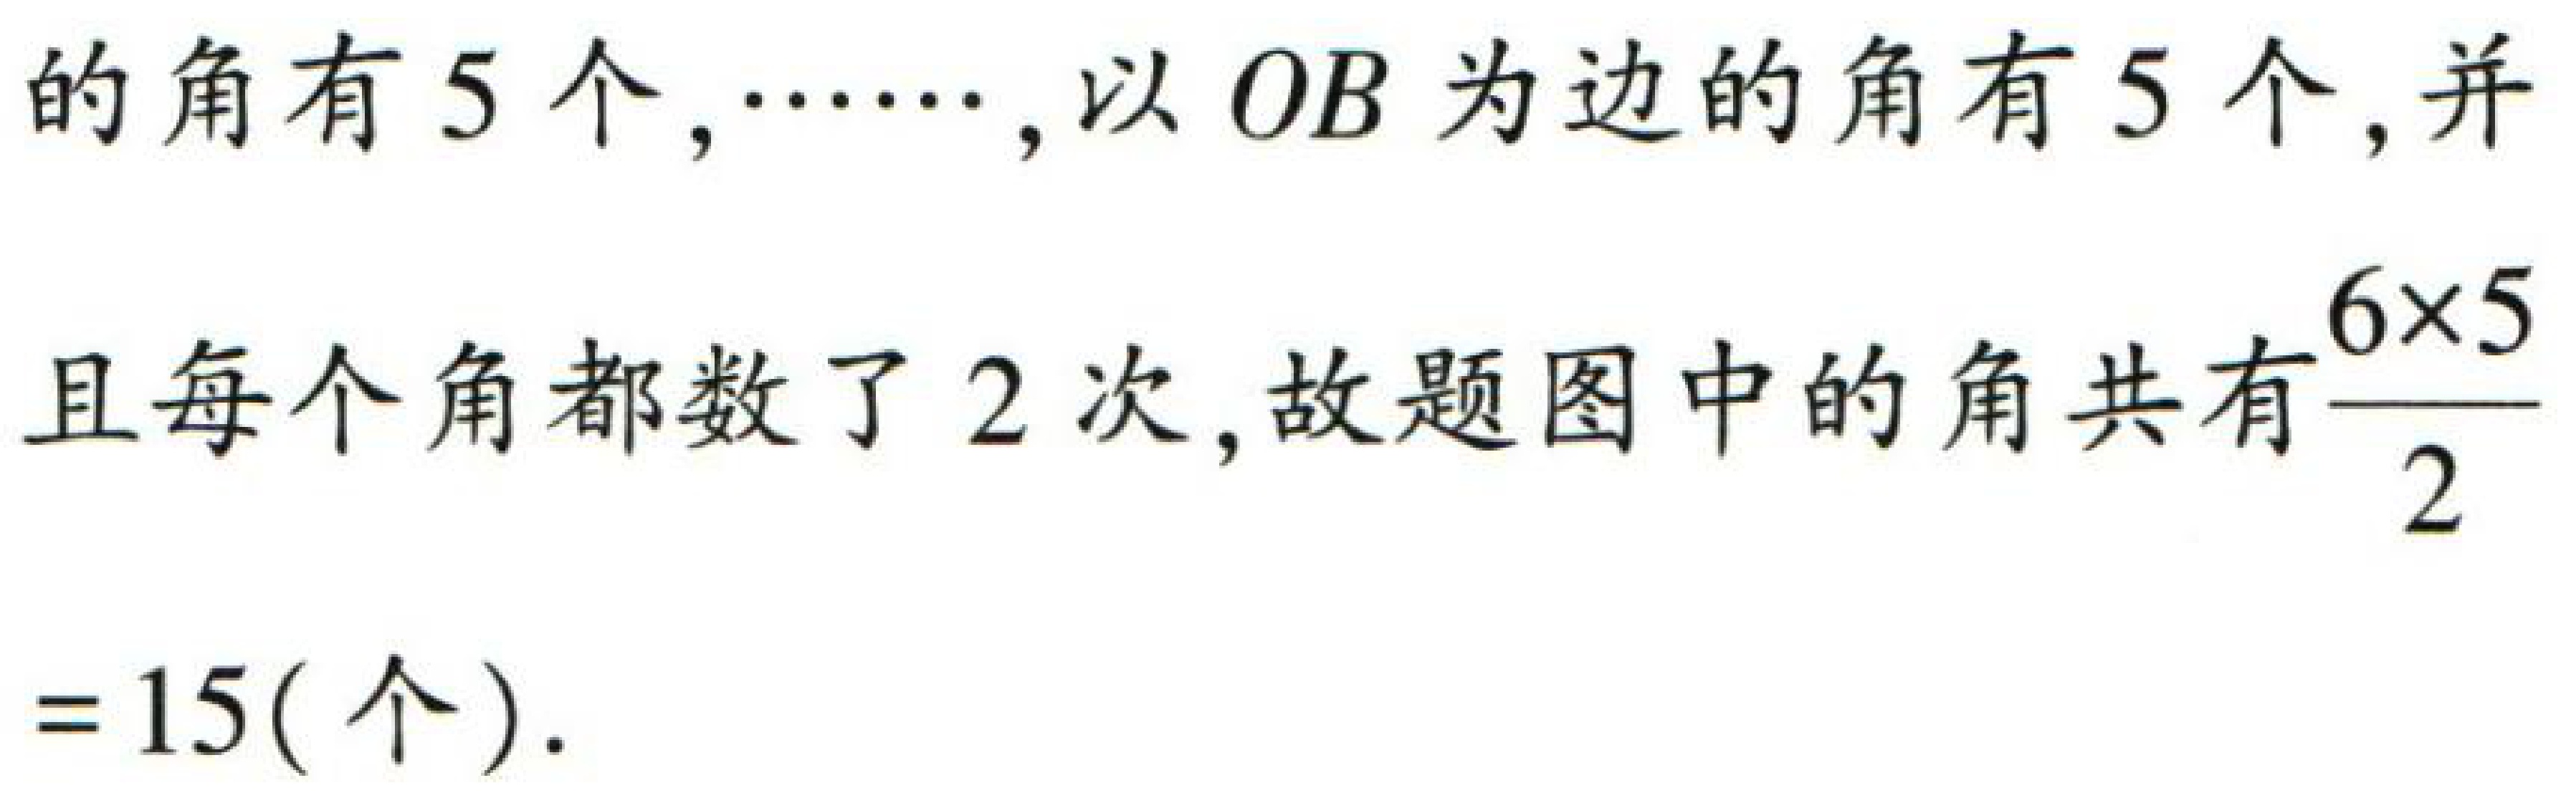
的角有5个,$\cdots\cdots$, 以 $OB$ 为边的角有5个, 并

且每个角都数了2次, 故题图中的角共有$\frac{6\times5}{2}$

$= 15$(个).